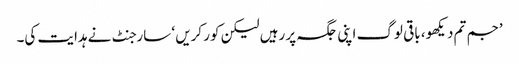
’جم تم دیکھو، باقی لوگ اپنی جگہ پر رہیں لیکن کور کریں ‘ سارجنٹ نے ہدایت کی۔